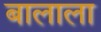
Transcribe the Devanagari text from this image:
बालाला